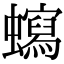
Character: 𧓺